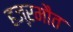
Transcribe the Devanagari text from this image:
हज्ऱमौत